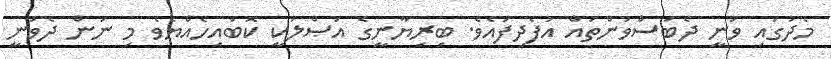
މެދުގައި ވަނީ ދެބަސްވުންތައް އުފެދިފައެވެ. ބިރިޔާނީގެ އަޞްލަކީ ކޮބައިހެއްޔެވެ މި ނަން ދެވުނީ